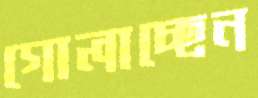
গোলাচ্ছেন